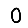
Digit: 0